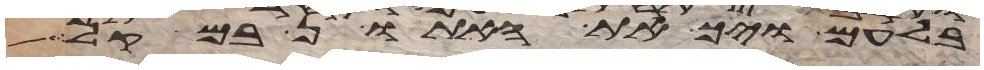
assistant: בלעם ויך את האתון במקל